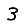
Digit: 3